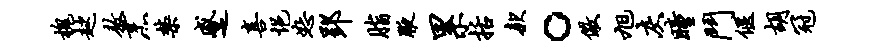
槐趑敖烹禁蹙喜悒恕郢脂腋累括款。儆旭灰瞳斗偃胡冠